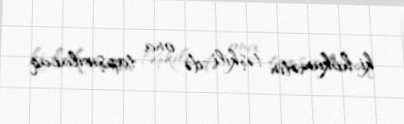
ki, hökumətin təşkili də ona tapşırılacaq.